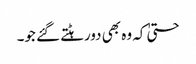
حتیٰ کہ وہ بھی دورہٹتے گئے جو۔